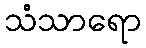
သံသာရော